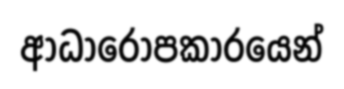
ආධාරෝපකාරයෙන්